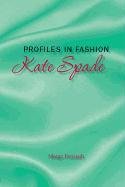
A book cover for Profiles in Fashion: Kate Spade; Freisdt; Teen & Young Adult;